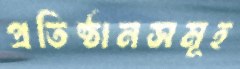
প্রতিষ্ঠানসমূহ